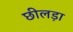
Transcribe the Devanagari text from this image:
छीलड़ा